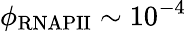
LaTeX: \phi_{\mathrm{RNAPII}}\sim 10^{-4}